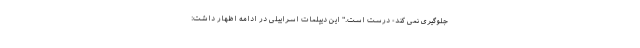
جلوگیری نمی کند- درست است." این دیپلمات اسراییلی در ادامه اظهار داشت: